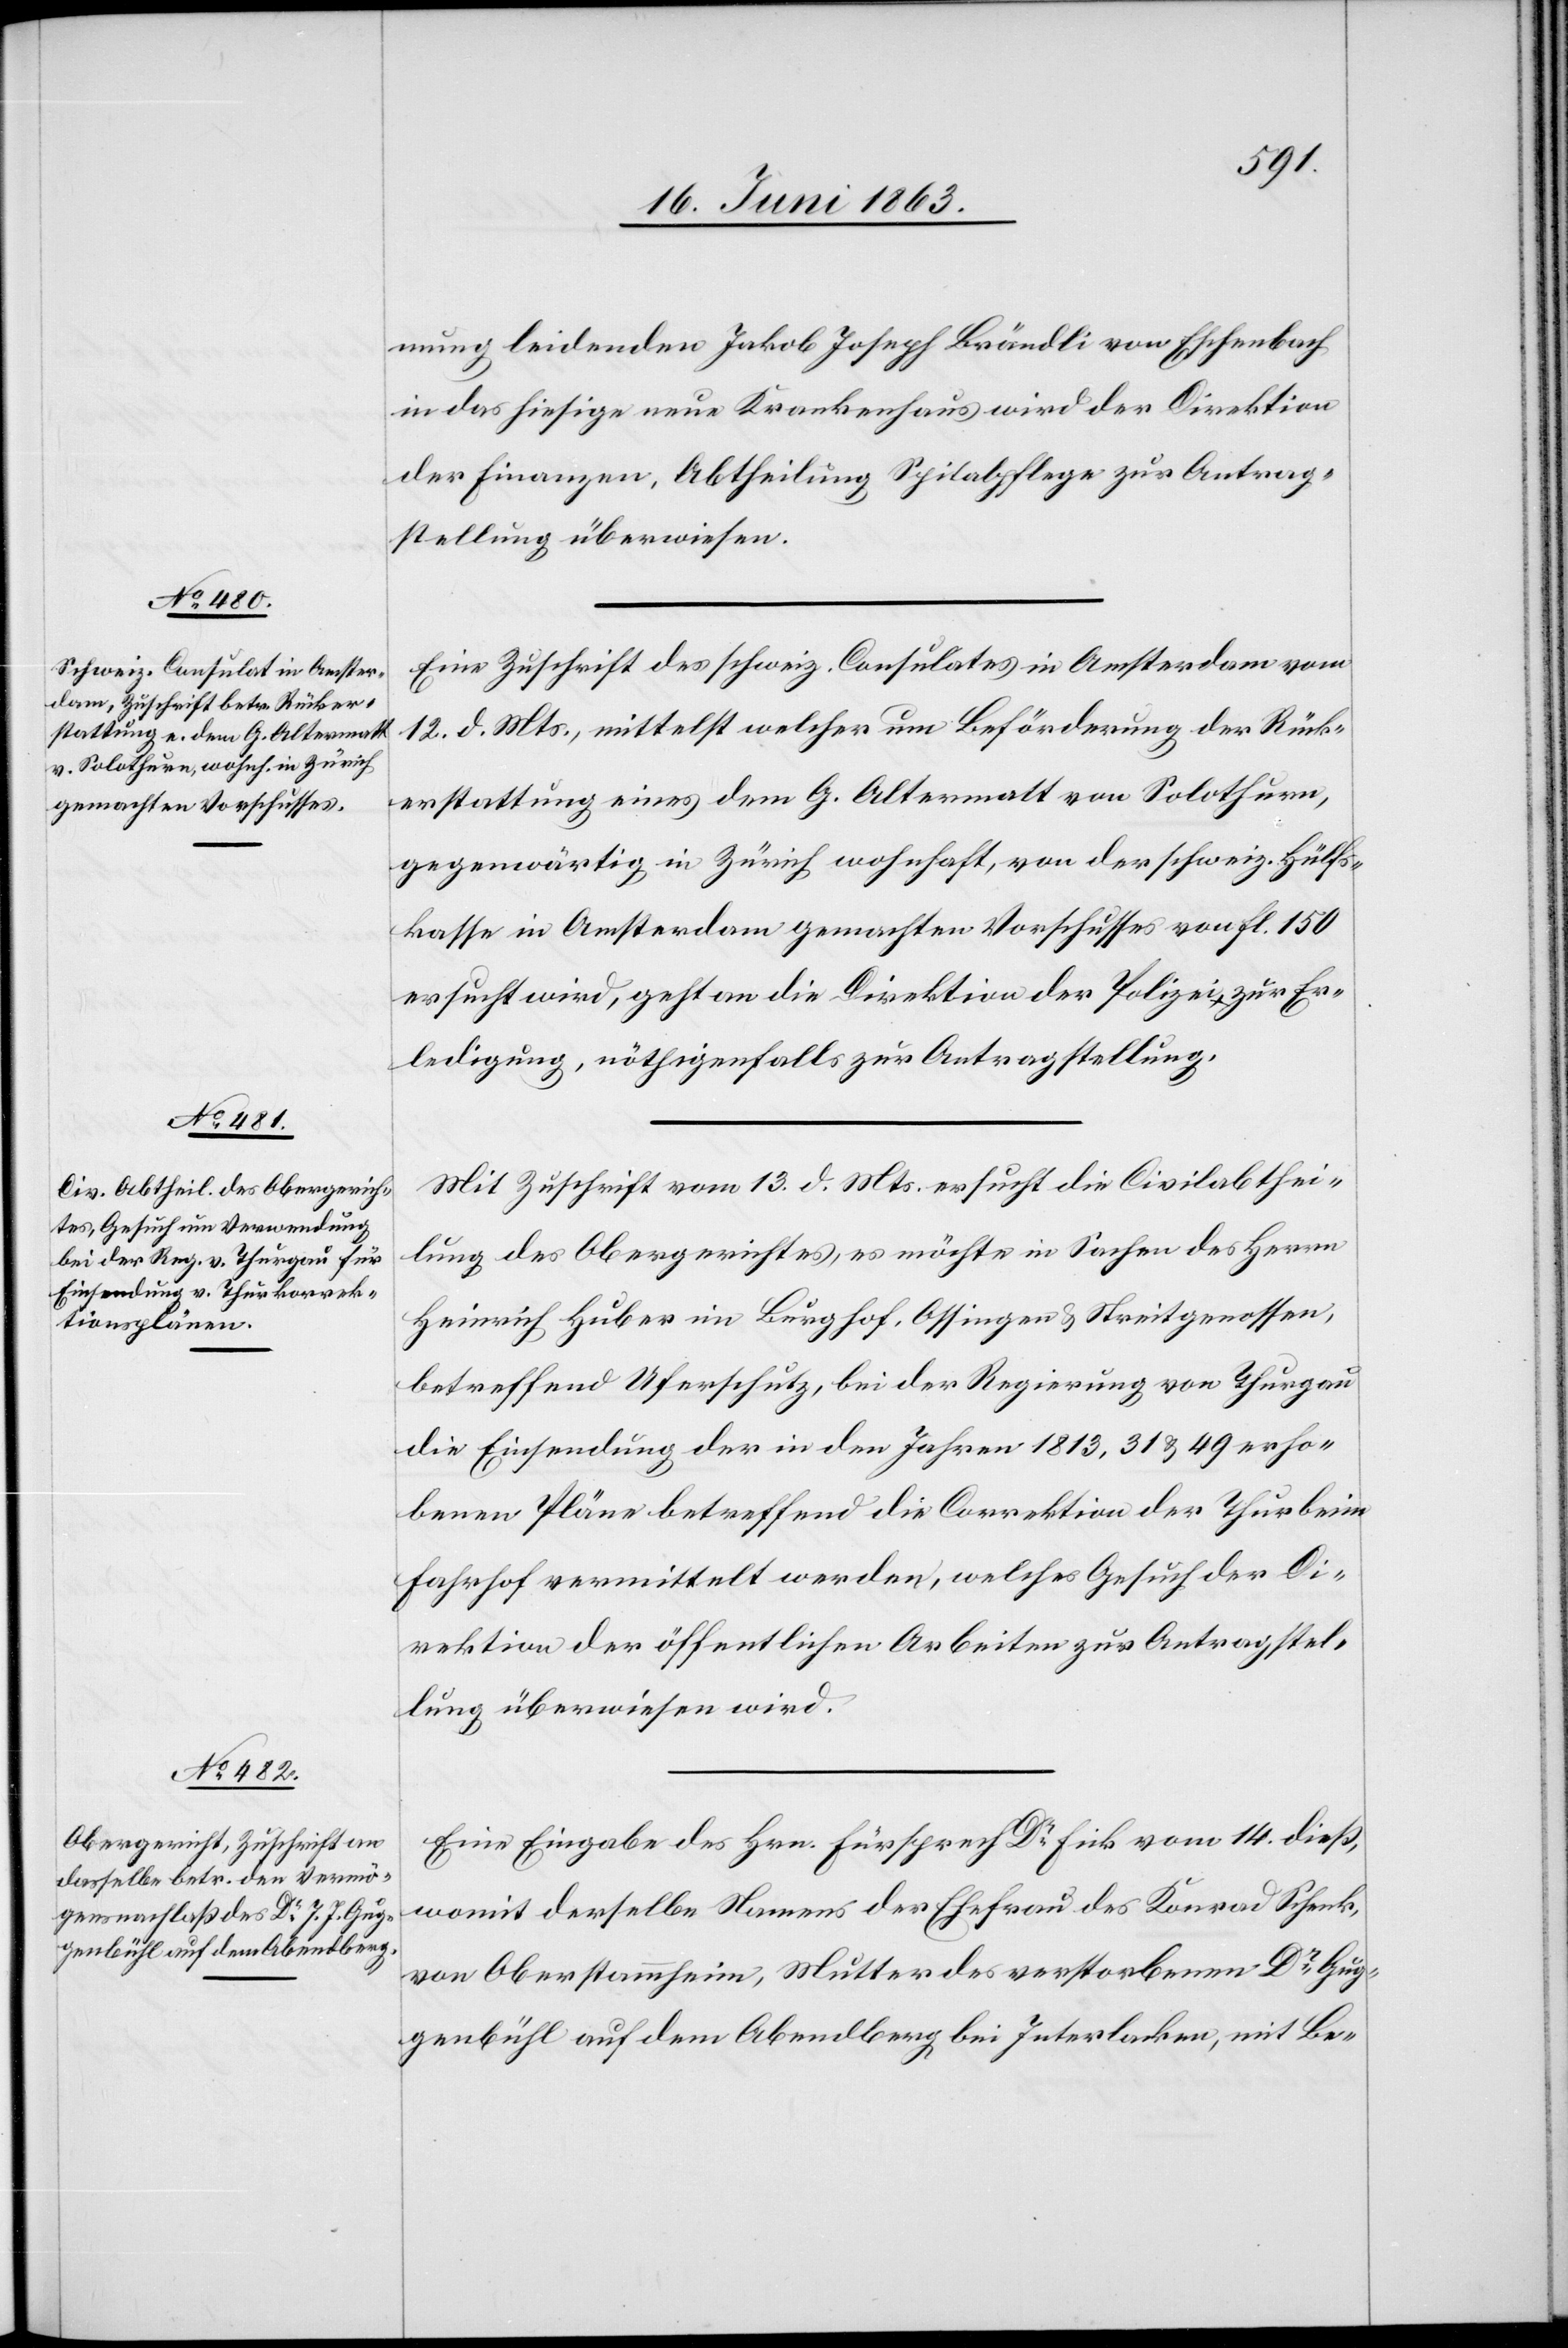
den
16. Juni 1863.]
mung leidenden Jakob Joseph Brändli von Eschenbach
in das hiesige neue Krankenhaus wird der Direktion
der Finanzen, Abtheilung Spitalpflege zur Antrag¬
stellung überwiesen.
Eine Zuschrift des schweiz. Consulates in Amsterdam vom
12. d. Mts., mittelst welcher um Beförderung der Rück¬
erstattung eines dem G. Altermatt von Solothurn,
gegenwärtig in Zürich wohnhaft, von der schweiz. Hülfs¬
kasse in Amsterdam gemachten Vorschusses von fl. 150
ersucht wird, geht an die Direktion der Polizei zur Er¬
ledigung, nöthigenfalls zur Antragstellung.
Mit Zuschrift vom 13. d. Mts. ersucht die Civilabthei¬
lung des Obergerichtes, es möchte in Sachen des Herrn
Heinrich Huber im Burghof, Ossingen & Streitgenossen,
betreffend Uferschutz, bei der Regierung von Thurgau
die Einsendung der in den Jahren 1813, 31 & 49 erho¬
benen Pläne betreffend die Correktion der Thur beim
Fahrhof vermittelt werden, welches Gesuch der Di¬
rektion der öffentlichen Arbeiten zur Antragstel¬
lung überwiesen wird.
Eine Eingabe des Hrn. Fürsprech Dr Fick vom 14. dieß,
womit derselbe Namens der Ehefrau des Konrad Schenk,
von Oberstammheim, Mutter des verstorbenen Dr Gug¬
genbühl auf dem Abendberg bei Interlacken, mit Be-